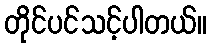
တိုင်ပင်သင့်ပါတယ်။